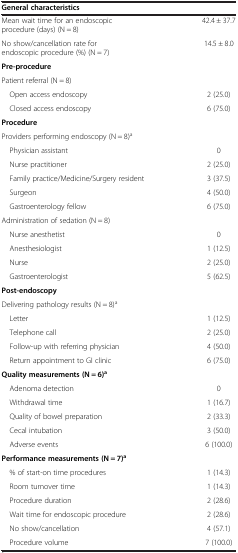
<table><thead><tr><td colspan="2"><b>General characteristics</b></td></tr></thead><tbody><tr><td>Mean wait time for an endoscopic procedure (days) (N = 8)</td><td>42.4 ± 37.7</td></tr><tr><td>No show/cancellation rate for endoscopic procedure (%) (N = 7)</td><td>14.5 ± 8.0</td></tr><tr><td colspan="2"><b>Pre-procedure</b></td></tr><tr><td colspan="2">Patient referral (N = 8)</td></tr><tr><td> Open access endoscopy</td><td>2 (25.0)</td></tr><tr><td> Closed access endoscopy</td><td>6 (75.0)</td></tr><tr><td colspan="2"><b>Procedure</b></td></tr><tr><td colspan="2">Providers performing endoscopy (N = 8)<sup>a</sup></td></tr><tr><td> Physician assistant</td><td>0</td></tr><tr><td> Nurse practitioner</td><td>2 (25.0)</td></tr><tr><td> Family practice/Medicine/Surgery resident</td><td>3 (37.5)</td></tr><tr><td> Surgeon</td><td>4 (50.0)</td></tr><tr><td> Gastroenterology fellow</td><td>6 (75.0)</td></tr><tr><td colspan="2">Administration of sedation (N = 8)</td></tr><tr><td> Nurse anesthetist</td><td>0</td></tr><tr><td> Anesthesiologist</td><td>1 (12.5)</td></tr><tr><td> Nurse</td><td>2 (25.0)</td></tr><tr><td> Gastroenterologist</td><td>5 (62.5)</td></tr><tr><td colspan="2"><b>Post-endoscopy</b></td></tr><tr><td colspan="2">Delivering pathology results (N = 8)<sup>a</sup></td></tr><tr><td> Letter</td><td>1 (12.5)</td></tr><tr><td> Telephone call</td><td>2 (25.0)</td></tr><tr><td> Follow-up with referring physician</td><td>4 (50.0)</td></tr><tr><td> Return appointment to GI clinic</td><td>6 (75.0)</td></tr><tr><td colspan="2"><b>Quality measurements (N = 6)</b><sup><b>a</b></sup></td></tr><tr><td> Adenoma detection</td><td>0</td></tr><tr><td> Withdrawal time</td><td>1 (16.7)</td></tr><tr><td> Quality of bowel preparation</td><td>2 (33.3)</td></tr><tr><td> Cecal intubation</td><td>3 (50.0)</td></tr><tr><td> Adverse events</td><td>6 (100.0)</td></tr><tr><td colspan="2"><b>Performance measurements (N = 7)</b><sup><b>a</b></sup></td></tr><tr><td> % of start-on time procedures</td><td>1 (14.3)</td></tr><tr><td> Room turnover time</td><td>1 (14.3)</td></tr><tr><td> Procedure duration</td><td>2 (28.6)</td></tr><tr><td> Wait time for endoscopic procedure</td><td>2 (28.6)</td></tr><tr><td> No show/cancellation</td><td>4 (57.1)</td></tr><tr><td> Procedure volume</td><td>7 (100.0)</td></tr></tbody></table>